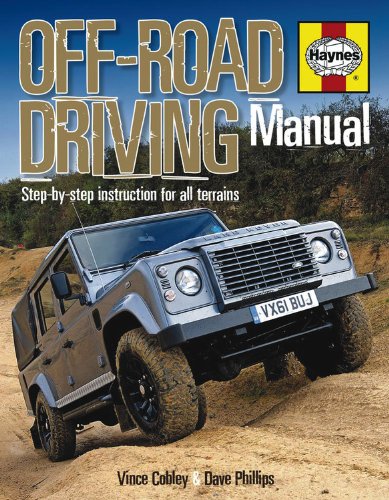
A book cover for Off-Road Driving Manual: Step-by-step instruction for all terrains (Haynes Repair Manual); Vince Cobley; Test Preparation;